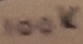
Text: 100K